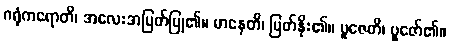
ဂရုံကရောတိ၊ အလေးအမြတ်ပြု၏။ မာနေတိ၊ မြတ်နိုး၏။ ပူဇေတိ၊ ပူဇော်၏။